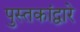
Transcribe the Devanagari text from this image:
पुस्तकांद्वारे